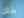
بذلك